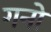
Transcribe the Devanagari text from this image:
गनो